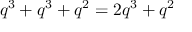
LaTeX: q ^ { 3 } + q ^ { 3 } + q ^ { 2 } = 2 q ^ { 3 } + q ^ { 2 }